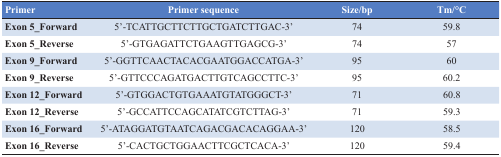
<table><thead><tr><td><b>Primer</b></td><td><b>Primer sequence</b></td><td><b>Size/bp</b></td><td><b>Tm/°C</b></td></tr></thead><tbody><tr><td><b>Exon 5_Forward</b></td><td>5′-TCATTGCTTCTTGCTGATCTTGAC-3′</td><td>74</td><td>59.8</td></tr><tr><td><b>Exon 5_Reverse</b></td><td>5′-GTGAGATTCTGAAGTTGAGCG-3′</td><td>74</td><td>57</td></tr><tr><td><b>Exon 9_Forward</b></td><td>5′-GGTTCAACTACACGAATGGACCATGA-3′</td><td>95</td><td>60</td></tr><tr><td><b>Exon 9_Reverse</b></td><td>5′-GTTCCCAGATGACTTGTCAGCCTTC-3′</td><td>95</td><td>60.2</td></tr><tr><td><b>Exon 12_Forward</b></td><td>5′-GTGGACTGTGAAATGTATGGGCT-3′</td><td>71</td><td>60.8</td></tr><tr><td><b>Exon 12_Reverse</b></td><td>5′-GCCATTCCAGCATATCGTCTTAG-3′</td><td>71</td><td>59.3</td></tr><tr><td><b>Exon 16_Forward</b></td><td>5′-ATAGGATGTAATCAGACGACACAGGAA-3′</td><td>120</td><td>58.5</td></tr><tr><td><b>Exon 16_Reverse</b></td><td>5′-CACTGCTGGAACTTCGCTCACA-3′</td><td>120</td><td>59.4</td></tr></tbody></table>